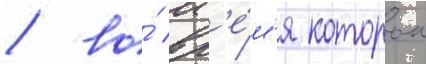
/ во́ вр'е́м'я которои